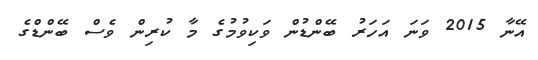
އޭނާ 2015 ވަނަ އަހަރު ބޭންޑުން ވަކިވުމުގެ މާ ކުރިން ވެސް ބޭންޑްގެ